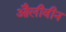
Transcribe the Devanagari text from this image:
औलीवीन